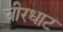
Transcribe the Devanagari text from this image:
चीरधाट